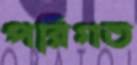
পরিগত